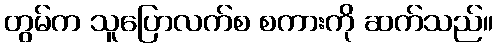
တွမ်က သူပြောလက်စ စကားကို ဆက်သည်။